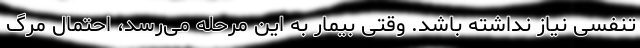
تنفسی نیاز نداشته باشد. وقتی بیمار به این مرحله می‌رسد، احتمال مرگ